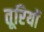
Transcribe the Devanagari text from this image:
तूरियों